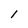
Character: l